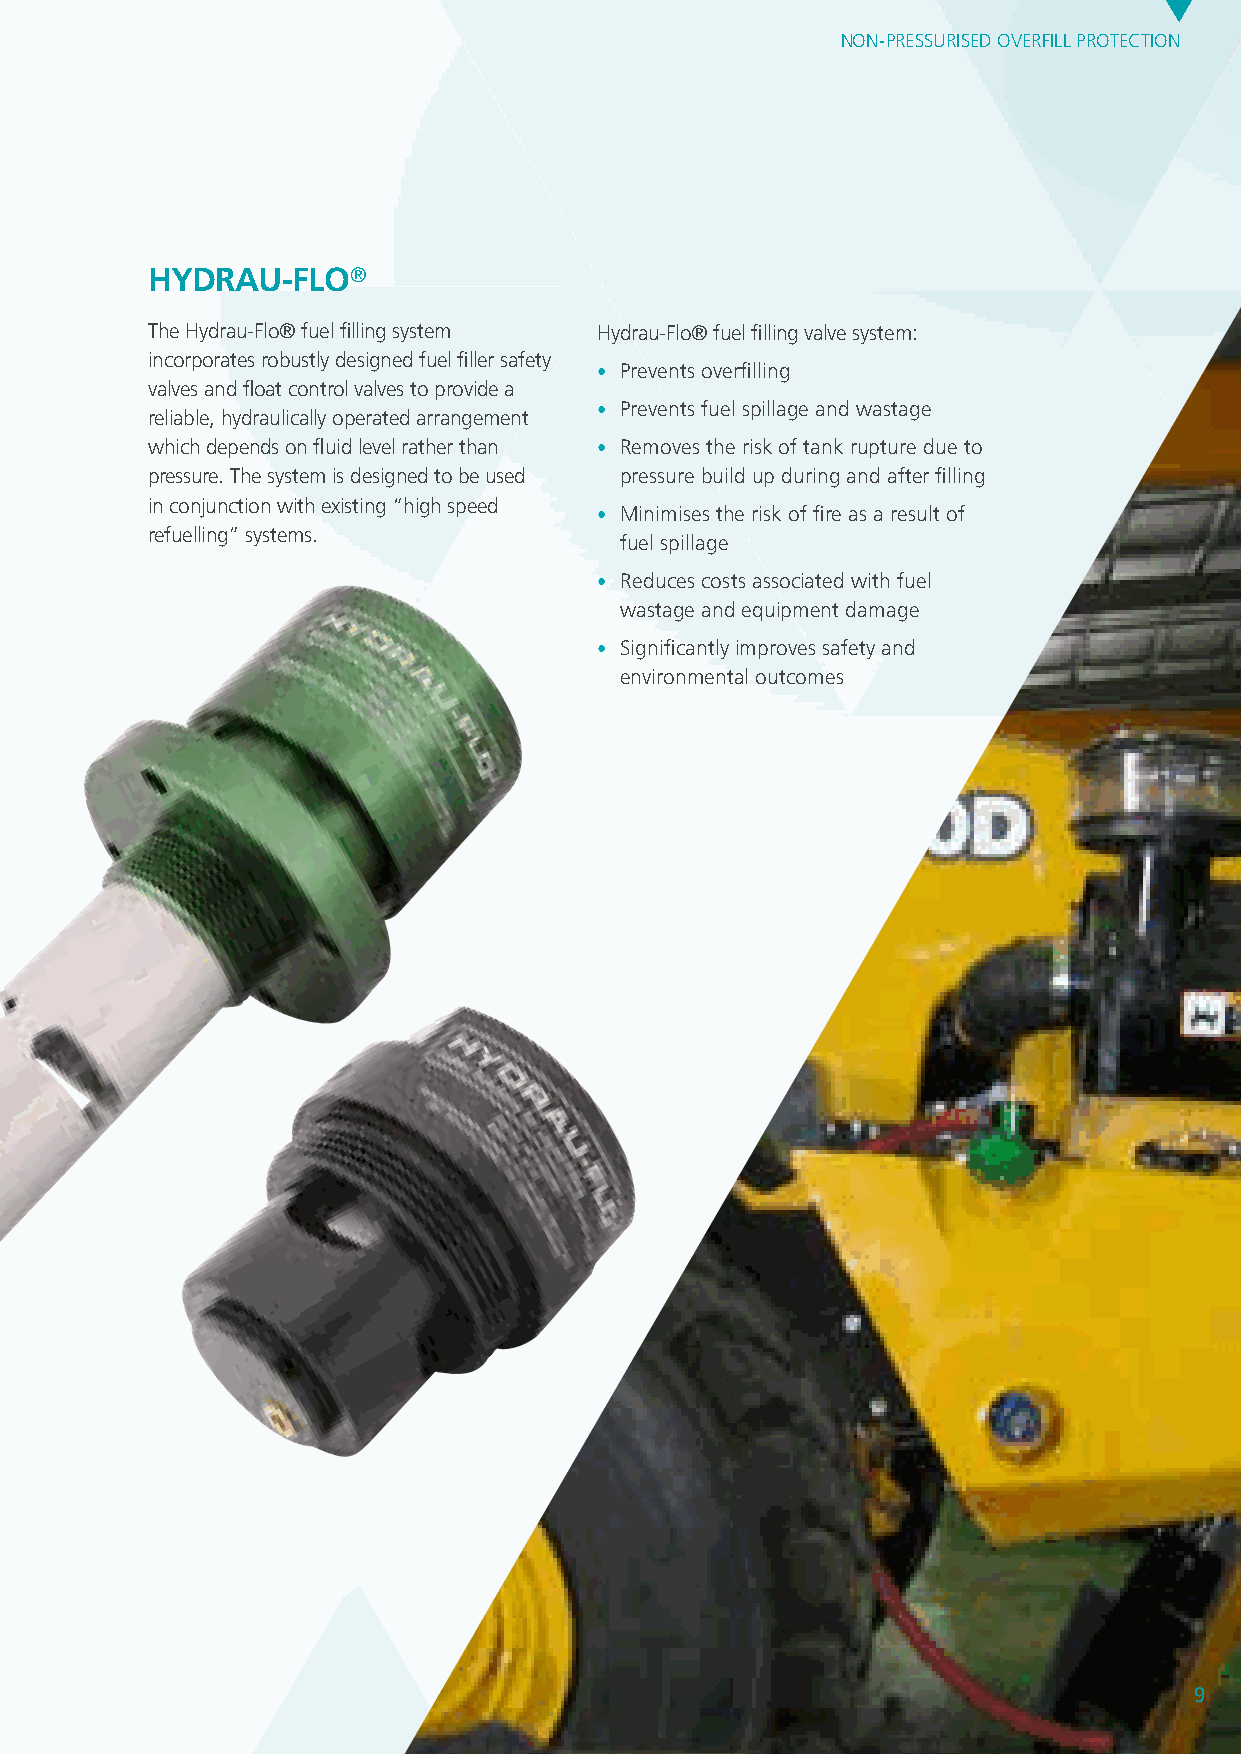
NON-PRESSURISED OVERFILL PROTECTION
 HyDRAU-FLO®
 The Hydrau-Flo® fuel filling system Hydrau-Flo® fuel filling valve system:
 incorporates robustly designed fuel filler safety
 • Prevents overfilling
 valves and float control valves to provide a
 • Prevents fuel spillage and wastage
 reliable, hydraulically operated arrangement
 which depends on fluid level rather than • Removes the risk of tank rupture due to
 pressure. The system is designed to be used pressure build up during and after filling
 in conjunction with existing “high speed
 • Minimises the risk of fire as a result of
 refuelling” systems.
 fuel spillage
 • Reduces costs associated with fuel
 wastage and equipment damage
 • Significantly improves safety and
 environmental outcomes
 9